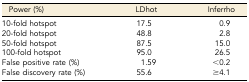
<table><thead><tr><td><b>Power (%)</b></td><td><b>LDhot</b></td><td><b>Inferrho</b></td></tr></thead><tbody><tr><td>10-fold hotspot</td><td>17.5</td><td>0.9</td></tr><tr><td>20-fold hotspot</td><td>48.8</td><td>2.8</td></tr><tr><td>50-fold hotspot</td><td>87.5</td><td>15.0</td></tr><tr><td>100-fold hotspot</td><td>95.0</td><td>26.5</td></tr><tr><td>False positive rate (%)</td><td>1.59</td><td>&lt;0.2</td></tr><tr><td>False discovery rate (%)</td><td>55.6</td><td>≥4.1</td></tr></tbody></table>